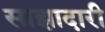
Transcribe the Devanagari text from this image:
साझादारी